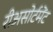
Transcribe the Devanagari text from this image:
रीअसोर्टमेंट